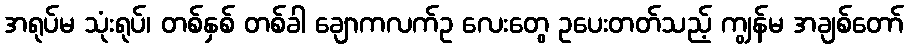
အရုပ်မ သုံးရုပ်၊ တစ်နှစ် တစ်ခါ ချောကလက်ဥ လေးတွေ ဥပေးတတ်သည့် ကျွန်မ အချစ်တော်